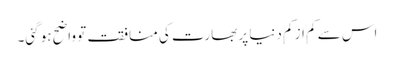
اس سے کم از کم دنیا پر بھارت کی منافقت تو واضح ہو گئی۔